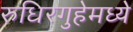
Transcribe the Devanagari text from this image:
रुधिरगुहेमध्ये